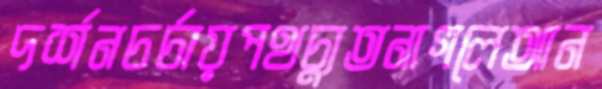
দর্শনচর্চায়পথচ্যুতনাগলেআন